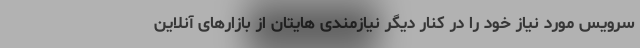
سرویس مورد نیاز خود را در کنار دیگر نیازمندی هایتان از بازارهای آنلاین